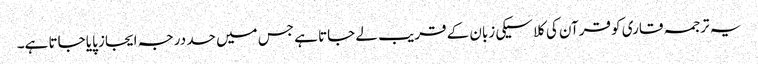
یہ ترجمہ قاری کو قرآن کی کلاسیکی زبان کے قریب لے جاتا ہے جس میں حد درجہ ایجاز پایا جاتا ہے۔